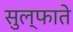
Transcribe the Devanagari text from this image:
सुल्फाते